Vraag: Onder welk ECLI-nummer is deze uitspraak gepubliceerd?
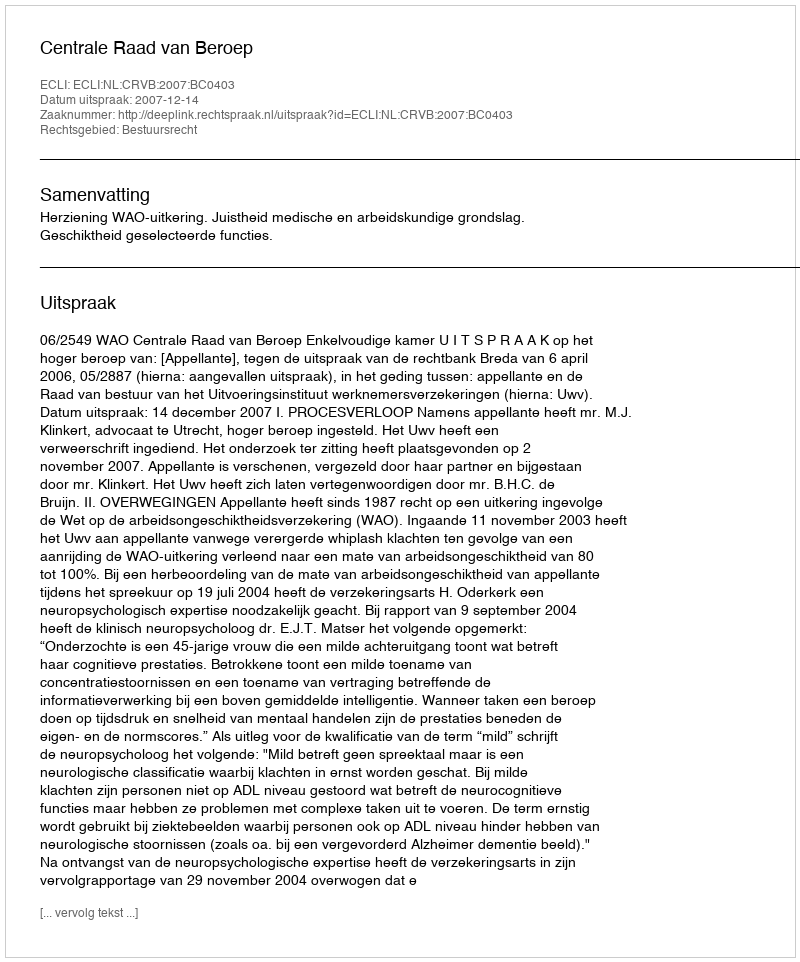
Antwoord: ECLI:NL:CRVB:2007:BC0403